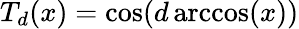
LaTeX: T_{d}(x)=\cos(d\operatorname{arccos}(x))